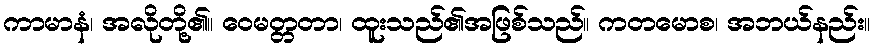
ကာမာနံ၊ အလိုတို့၏။ ဝေမတ္တတာ၊ ထူးသည်၏အဖြစ်သည်။ ကတမောစ၊ အဘယ်နည်း။